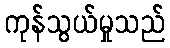
ကုန်သွယ်မှုသည်